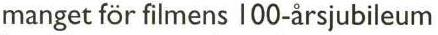
manget för filmens 100-årsjubileum